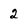
Character: 2